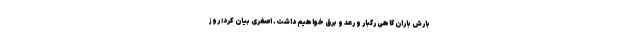
بارش باران گاهی رگبار و رعد و برق خواهیم داشت. اصغری بیان کرد: روز